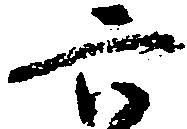
六